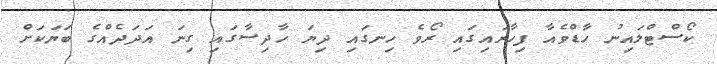
ކޯސްޓްލައިނު ހާޑްވެއާ ފިހާރައިގައި ރޯވެ ހިނގައި ދިޔަ ހާދިސާގައި ގިނަ އަދަދެއްގެ ބަޔަކަށް